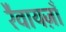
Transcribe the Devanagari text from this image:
रैवायज़ाँ